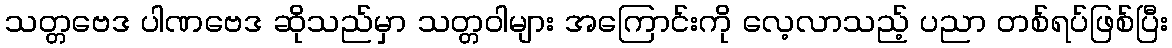
သတ္တဗေဒ ပါဏဗေဒ ဆိုသည်မှာ သတ္တဝါများ အကြောင်းကို လေ့လာသည့် ပညာ တစ်ရပ်ဖြစ်ပြီး